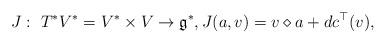
LaTeX: \begin{align*}J: \ T^*V^*=V^*\times V\to\mathfrak g^*,J(a,v)=v\diamond a+dc^\top(v),\end{align*}